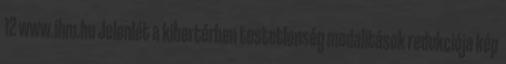
12 www.ihm.hu Jelenlét a kibertérben testetlenség modalitások redukciója kép